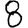
Digit: 8